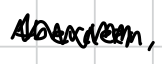
Text: Aberdeen,
Cross-out: zig-zag
Writing tool: digital_black